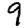
Digit: 9